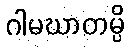
ဂါမဃာတမ္ပိ